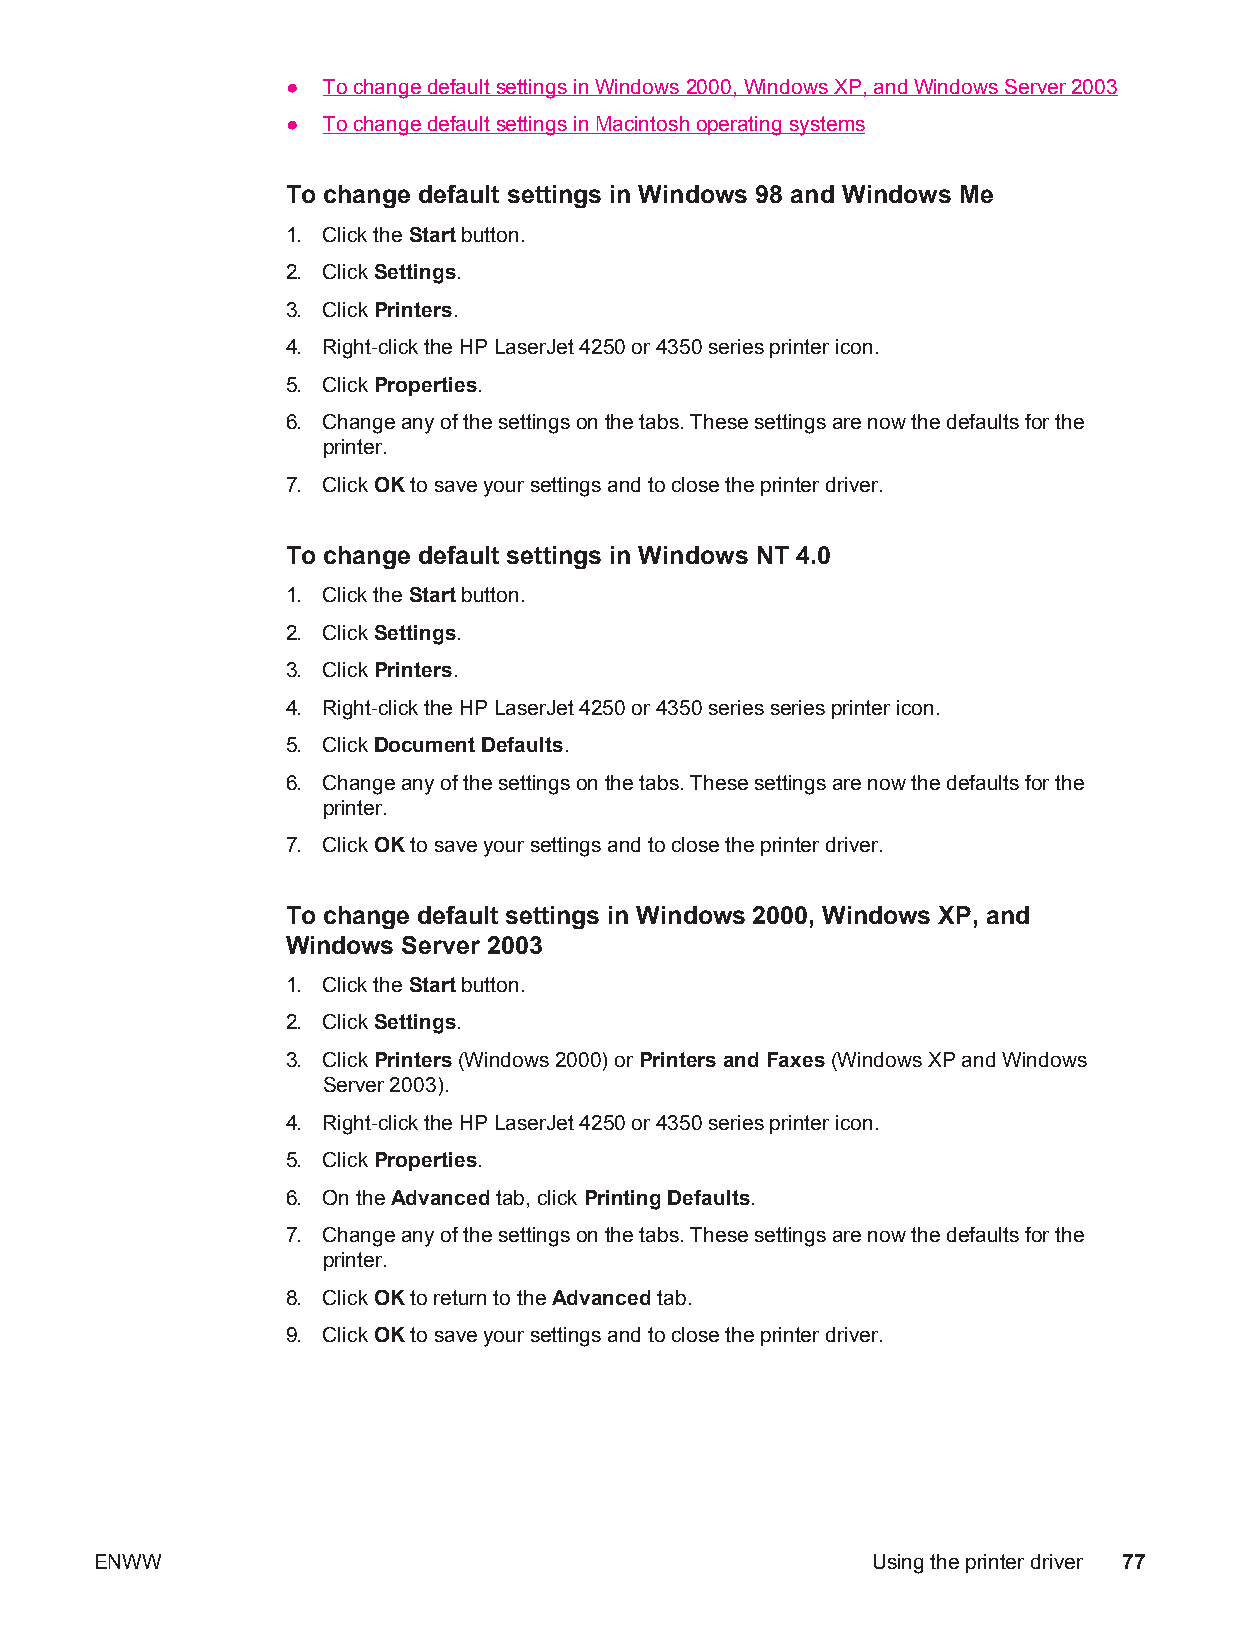
● To change default settings in Windows 2000, Windows XP, and Windows Server 2003
 ● To change default settings in Macintosh operating systems
 To change default settings in Windows 98 and Windows Me
 1. Click the Start button.
 2. Click Settings.
 3. Click Printers.
 4. Right-click the HP LaserJet 4250 or 4350 series printer icon.
 5. Click Properties.
 6. Change any of the settings on the tabs. These settings are now the defaults for the
 printer.
 7. Click OK to save your settings and to close the printer driver.
 To change default settings in Windows NT 4.0
 1. Click the Start button.
 2. Click Settings.
 3. Click Printers.
 4. Right-click the HP LaserJet 4250 or 4350 series series printer icon.
 5. Click Document Defaults.
 6. Change any of the settings on the tabs. These settings are now the defaults for the
 printer.
 7. Click OK to save your settings and to close the printer driver.
 To change default settings in Windows 2000, Windows XP, and
 Windows Server 2003
 1. Click the Start button.
 2. Click Settings.
 3. Click Printers (Windows 2000) or Printers and Faxes (Windows XP and Windows
 Server 2003).
 4. Right-click the HP LaserJet 4250 or 4350 series printer icon.
 5. Click Properties.
 6. On the Advanced tab, click Printing Defaults.
 7. Change any of the settings on the tabs. These settings are now the defaults for the
 printer.
 8. Click OK to return to the Advanced tab.
 9. Click OK to save your settings and to close the printer driver.
 ENWW                                                Using the printer driver 77